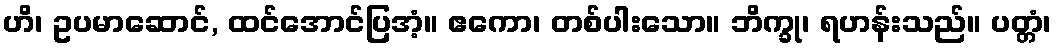
ဟိ၊ ဥပမာဆောင်, ထင်အောင်ပြအံ့။ ဧကော၊ တစ်ပါးသော။ ဘိက္ခု၊ ရဟန်းသည်။ ပတ္တံ၊